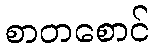
စာတစောင်